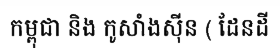
កម្ពុជា និង កូសាំងស៊ីន ( ដែនដី